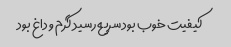
کیفیت خوب بود سریع رسید گرم و داغ بود